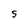
Character: S